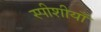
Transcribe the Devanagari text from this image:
स्पीशीयाँ